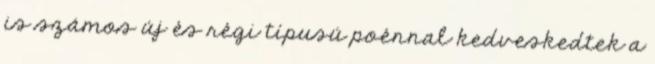
is számos új és régi típusú poénnal kedveskedtek a